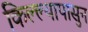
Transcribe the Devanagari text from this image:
किल्ल्यापासुन